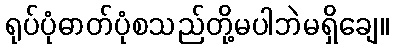
ရုပ်ပုံဓာတ်ပုံစသည်တို့မပါဘဲမရှိချေ။